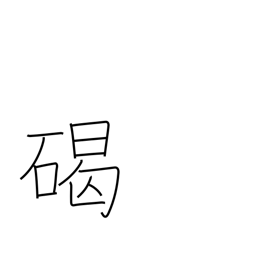
Meaning: round stone